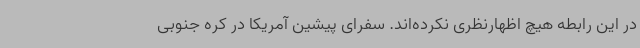
در این رابطه هیچ اظهارنظری نکرده‌اند. سفرای پیشین آمریکا در کره جنوبی